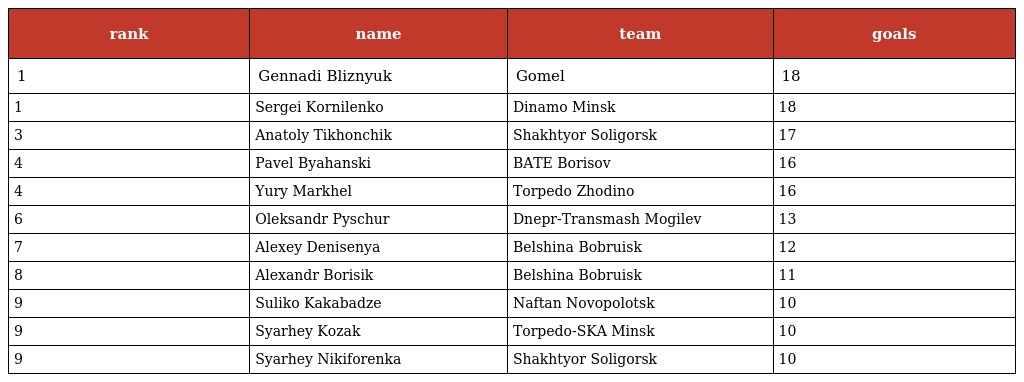
| rank | name | team | goals |
 | --- | --- | --- | --- |
 | 1 | Gennadi Bliznyuk | Gomel | 18 |
 | 1 | Sergei Kornilenko | Dinamo Minsk | 18 |
 | 3 | Anatoly Tikhonchik | Shakhtyor Soligorsk | 17 |
 | 4 | Pavel Byahanski | BATE Borisov | 16 |
 | 4 | Yury Markhel | Torpedo Zhodino | 16 |
 | 6 | Oleksandr Pyschur | Dnepr-Transmash Mogilev | 13 |
 | 7 | Alexey Denisenya | Belshina Bobruisk | 12 |
 | 8 | Alexandr Borisik | Belshina Bobruisk | 11 |
 | 9 | Suliko Kakabadze | Naftan Novopolotsk | 10 |
 | 9 | Syarhey Kozak | Torpedo-SKA Minsk | 10 |
 | 9 | Syarhey Nikiforenka | Shakhtyor Soligorsk | 10 |